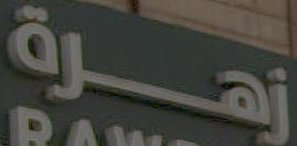
زهرة